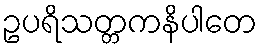
ဥပရိသတ္တကနိပါတေ